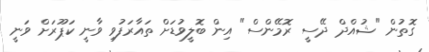
ގޮތުން "ޝުއްދް ދޭސީ ރޮމޭންސް" އިން ބޮލީވުޑަށް ތައާރަފުވި ވާނީ ކަޕޫރަށް ވަނީ